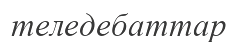
теледебаттар